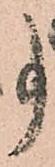
事